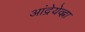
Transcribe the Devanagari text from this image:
आंद्रेयेव्ह्ना